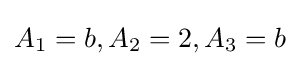
A_{1}=b,A_{2}=2,A_{3}=b